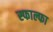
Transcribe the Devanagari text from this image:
स्फाल्फा